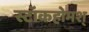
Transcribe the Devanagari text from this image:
स्टॉकहोमश्